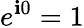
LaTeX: e^{\mathbf{i}0}=1